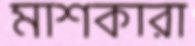
মাশকারা